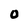
Character: 0